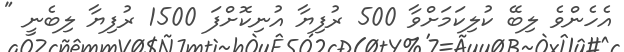
އެހެންވެ ލިބޭ ކުލިކަމަށްވާ 500 ރުފިޔާ އުނިކޮށްފަ 1500 ރުފިޔާ ލިބެނީ "